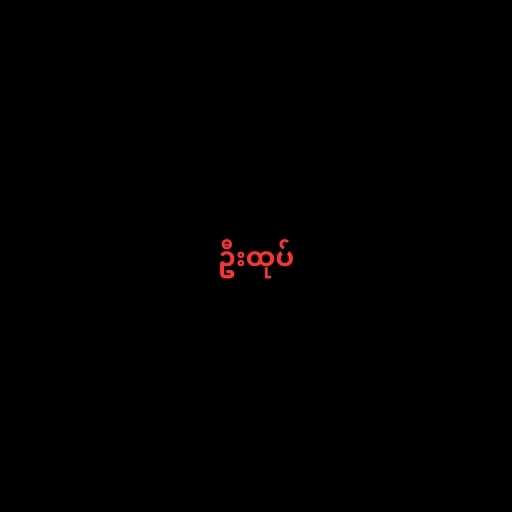
ဦးထုပ်